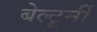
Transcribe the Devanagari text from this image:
बेल्टूर्नी